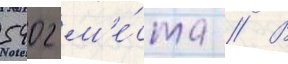
5402 м'е́ста // В